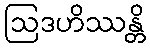
ဩဒဟိဿန္တိ